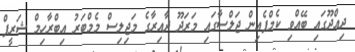
ދިއްދޫގައި ބޭއްވި ކެމްޕެއިން ޖަލްސާގައި މަރަދޫ ދާއިރާގެ މަޖިލިސް މެމްބަރު އިބްރާހިމް ޝަރީފް